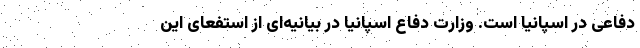
دفاعی در اسپانیا است. وزارت دفاع اسپانیا در بیانیه‌ای از استفعای این